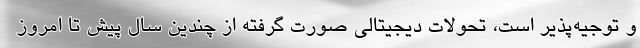
و توجیه‌پذیر است، تحولات دیجیتالی صورت گرفته از چندین سال پیش تا امروز